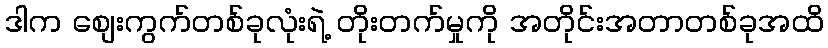
ဒါက စျေးကွက်တစ်ခုလုံးရဲ့ တိုးတက်မှုကို အတိုင်းအတာတစ်ခုအထိ